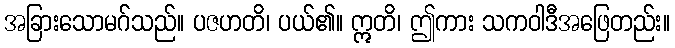
အခြားသောမဂ်သည်။ ပဇဟတိ၊ ပယ်၏။ ဣတိ၊ ဤကား သကဝါဒီအဖြေတည်း။